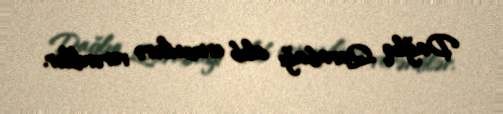
Dağlıq Qarabağı alıb ermənilərə verərdilər.